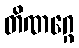
တိဏဂ္ဂေ